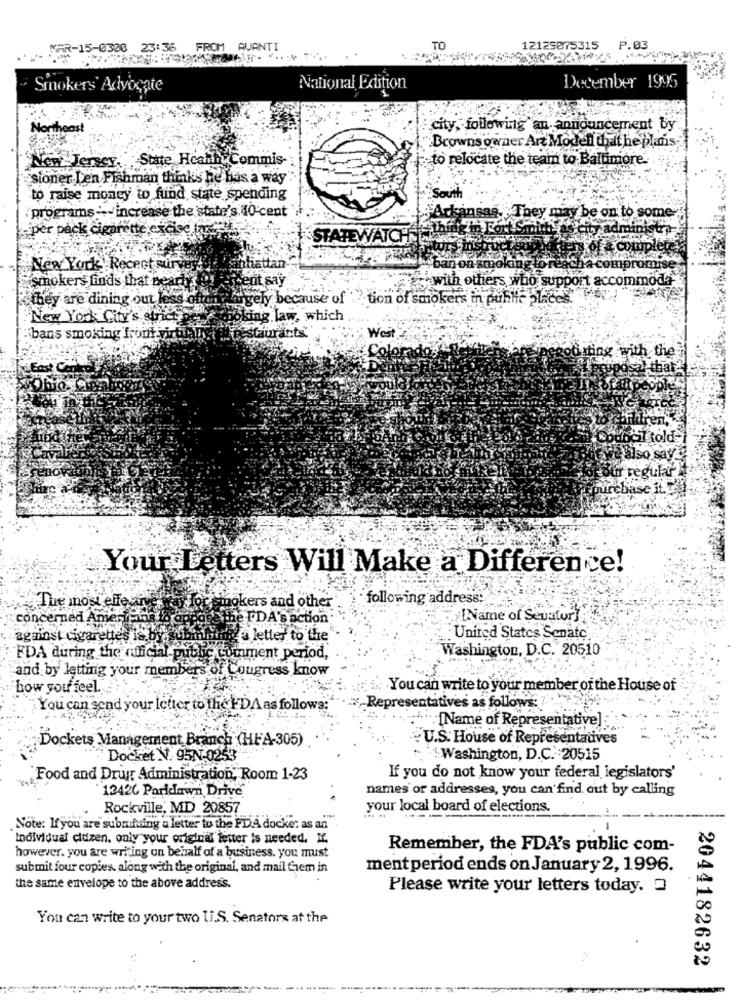
MAR-15-0300 23:36 FROM AVANTI
TO
12125075315
P.03
Smokers Advocate
National Extition
December 1995
Northeast
city, following an announcement by
"Browns owner Art Modell that he plans
New Jersey, State Hcanh Commis-
to relocate the team to Baltimore.
sioner Len Fishman think's he bas a way
to raise money to fund state spending
South
programs :-- increase the state's 40 cent
:"Arkansas. They may be on to some-
per pack cigarette excise la
+Smitte as city administra
STATEWATCH HAL
of a complete
New York Recent mury
ntiattan
non smoking tor
ba compromise
gent say
with others who support accommoda
smokers finds that pearly
they are dining out less ofte
hugely because of
tion of smokers in public places.
New York City's strict
sing law, which
staurants
ibans smoking front virtu
West
dating with the
Itold
o say
regular
ase ity
Your Letters Will Make a Difference!
following address:
The most elles
terior smokers and other"
concerned Anierthing
ge PDA 'S action:
[Name of Sevatory
against cigarette's is bye
a letter to the
United States Senate
Washington, D.C. 20510
FDA during the official public Comment period,
and by letting your members of Cougress know
how you feel.
" You can write to your member of the House of
You can send your letter to the FDA as follows:
Representatives as follows:
"[Name of Representative]
Dockets Management Branch (HEA-305)
U.S. House of Representatives
Docket N. 95N-0253
Washington, D.C. : 20515
Food and Drug Administration, Room 1-23
If you do not know your federal legislators'
12426 Paridawn Drive
names or addresses, you can find out by calling
Rockville, MD 20857
your local board of elections.
-
Note: If you are submitting a letter to the FDA docke: as an
Individual didzen, only your original letter is needed. K.
Remember, the FDA's public com-
however. you are writing on behalf of a business. you must
submit four copies, along with the original, and mail Ciem in
ment period ends on January 2, 1996.
the same envelope to the above address.
Please write your letters today. 2
You can write to your two U.S. Senators at the
2044182632